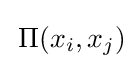
\,\Pi (x_{i},x_{j})